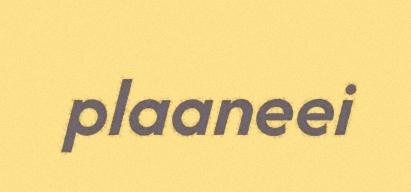
plaaneei